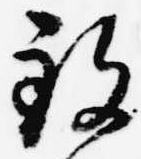
致